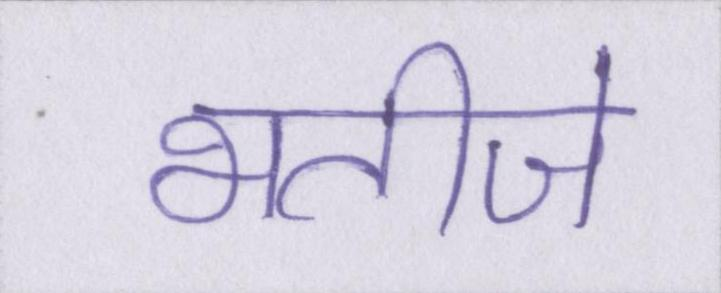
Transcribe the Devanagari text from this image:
भतीजे